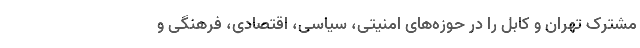
مشترک تهران و کابل را در حوزه‌های امنیتی، سیاسی، اقتصادی، فرهنگی و